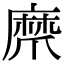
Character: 𤔨